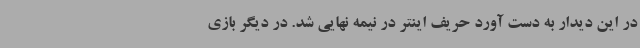
در این دیدار به دست آورد حریف اینتر در نیمه نهایی شد. در دیگر بازی